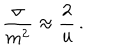
\frac { \sigma } { m ^ { 2 } } \approx \frac { 2 } { u } \, .